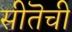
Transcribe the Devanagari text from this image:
सीतॆची